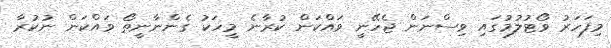
މިފަހަރު ވޯޓުލުމުގައި ވިސްނަން ޖެހޭނީ ވައްކަން ކުރާނެ މީހަކު ގެންނާނީތޯ ވައްކަން ނުކުރާ